Bréfritari: Sigurbjörg Einarsdóttir
Viðtakandi: Jón Borgfirðings Jónsson
Dagsetning: A-1881-06-01
Skrifað á: Akureyri  Eyf.

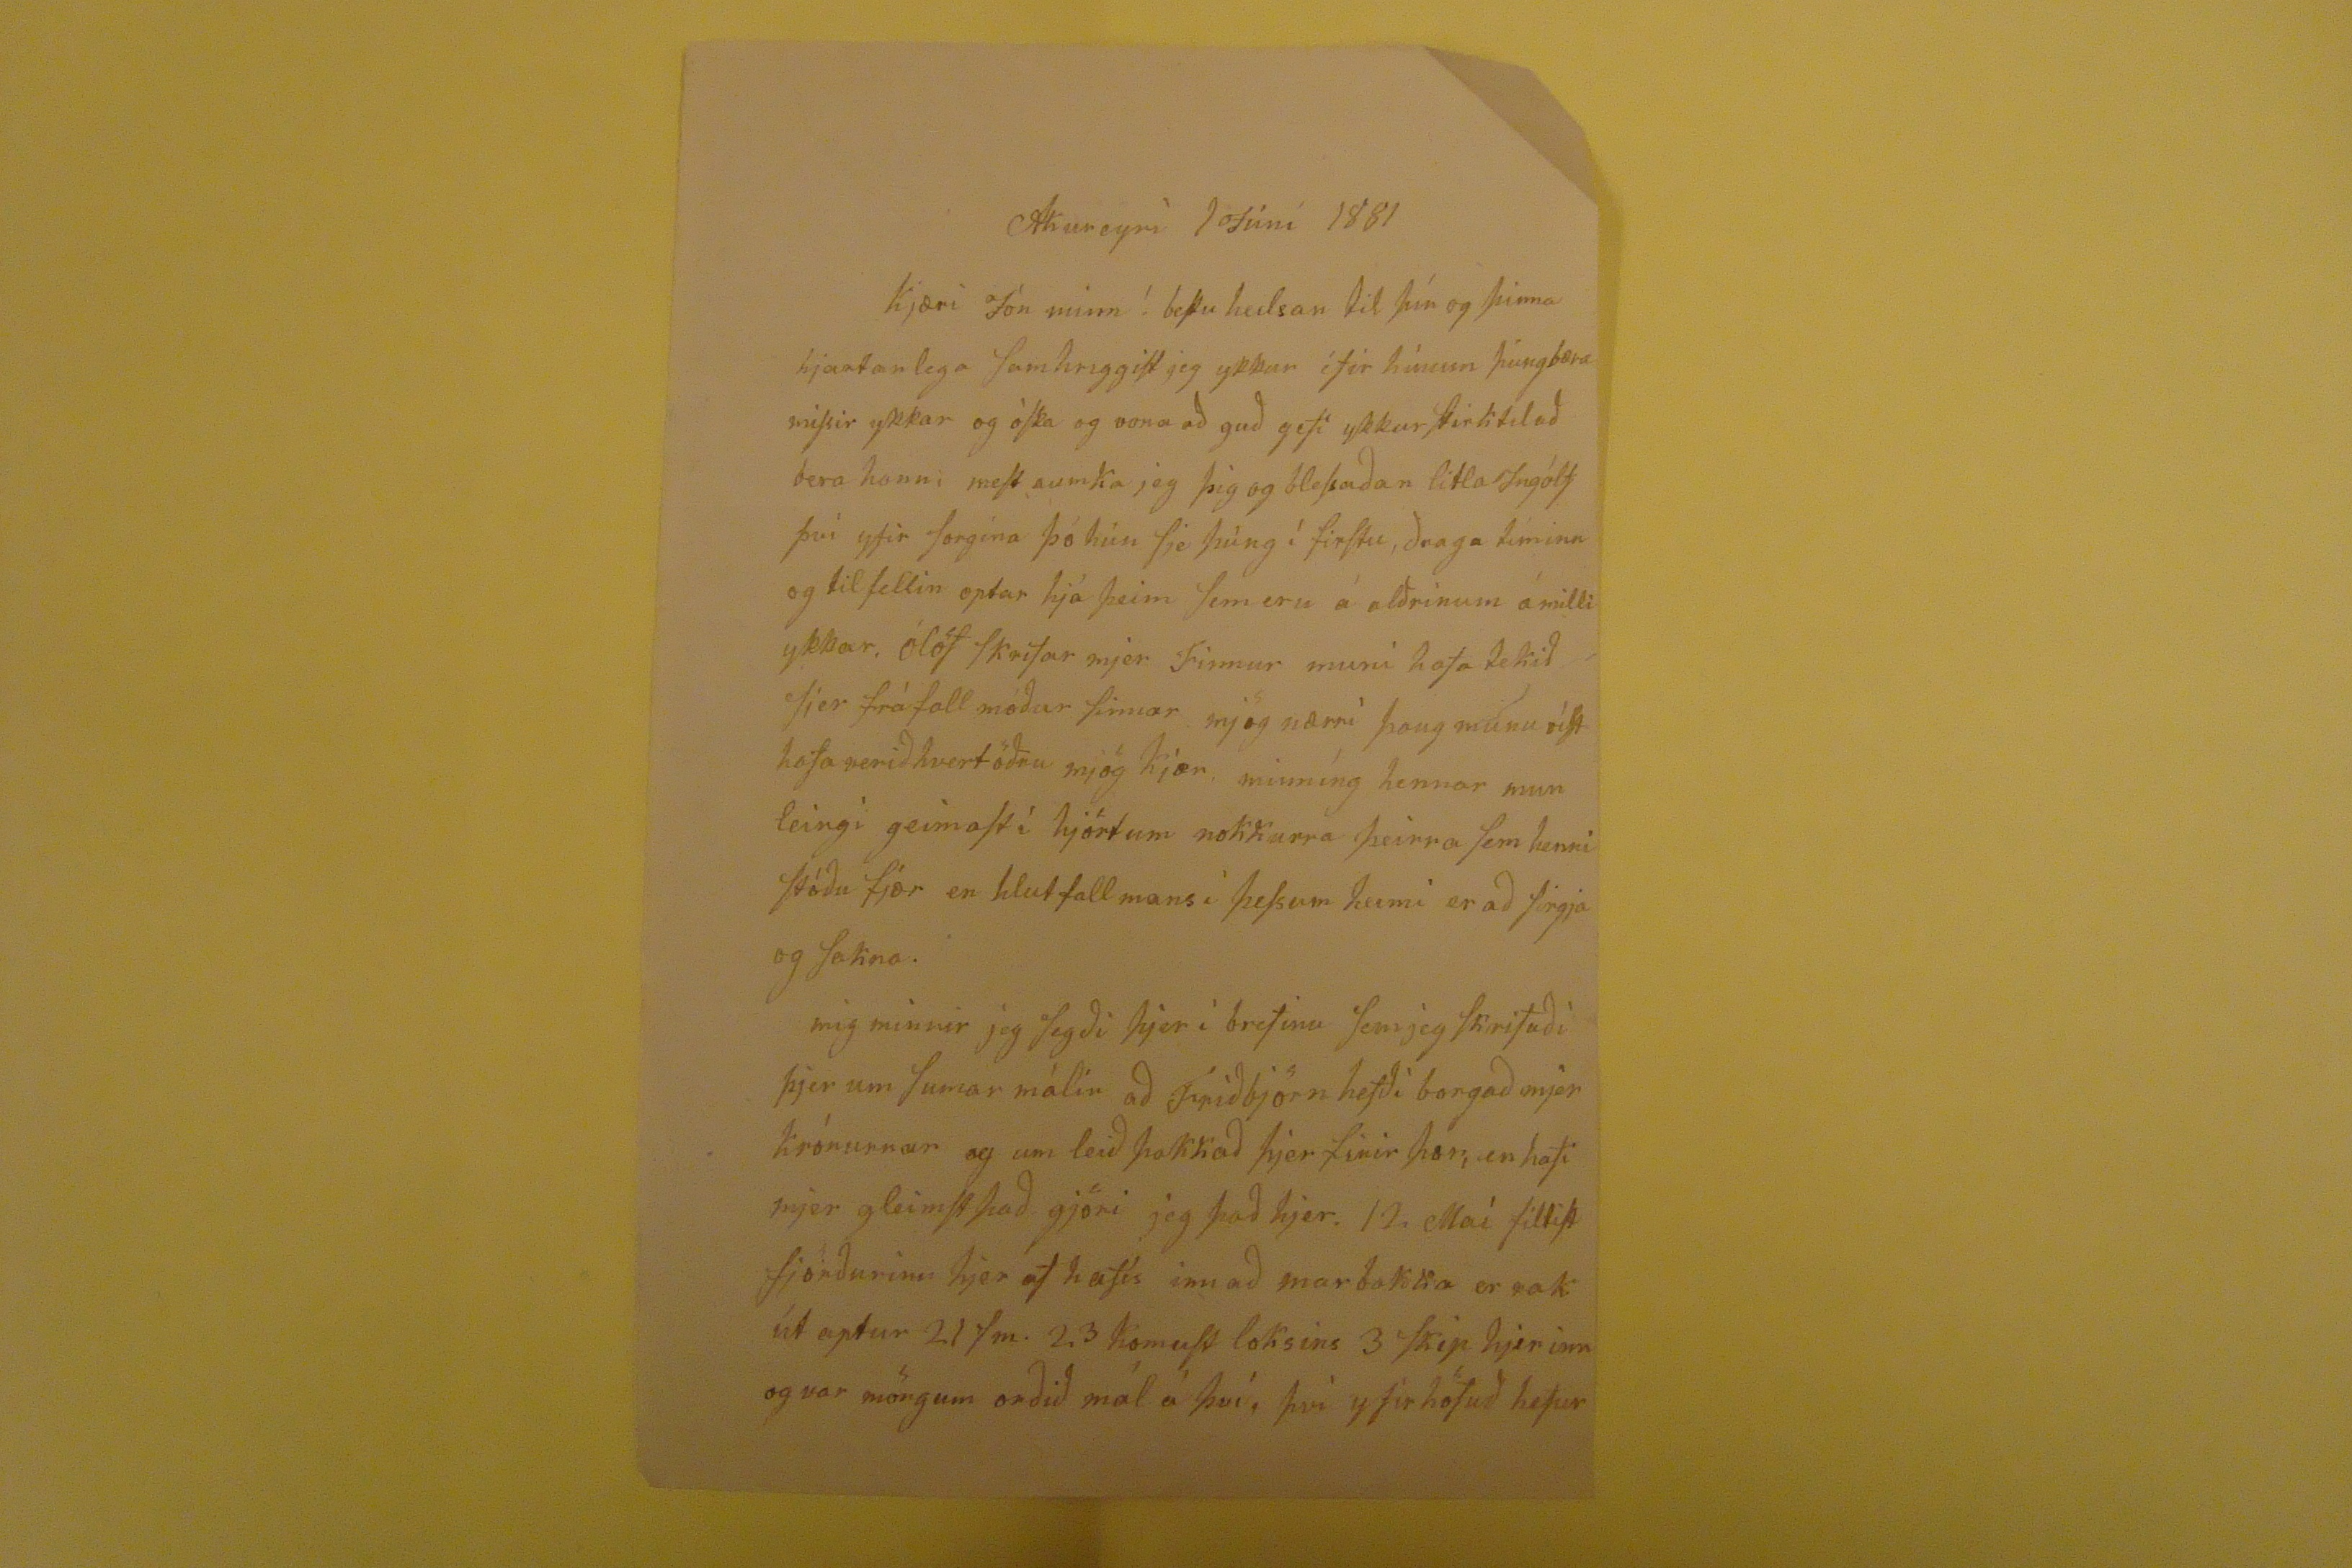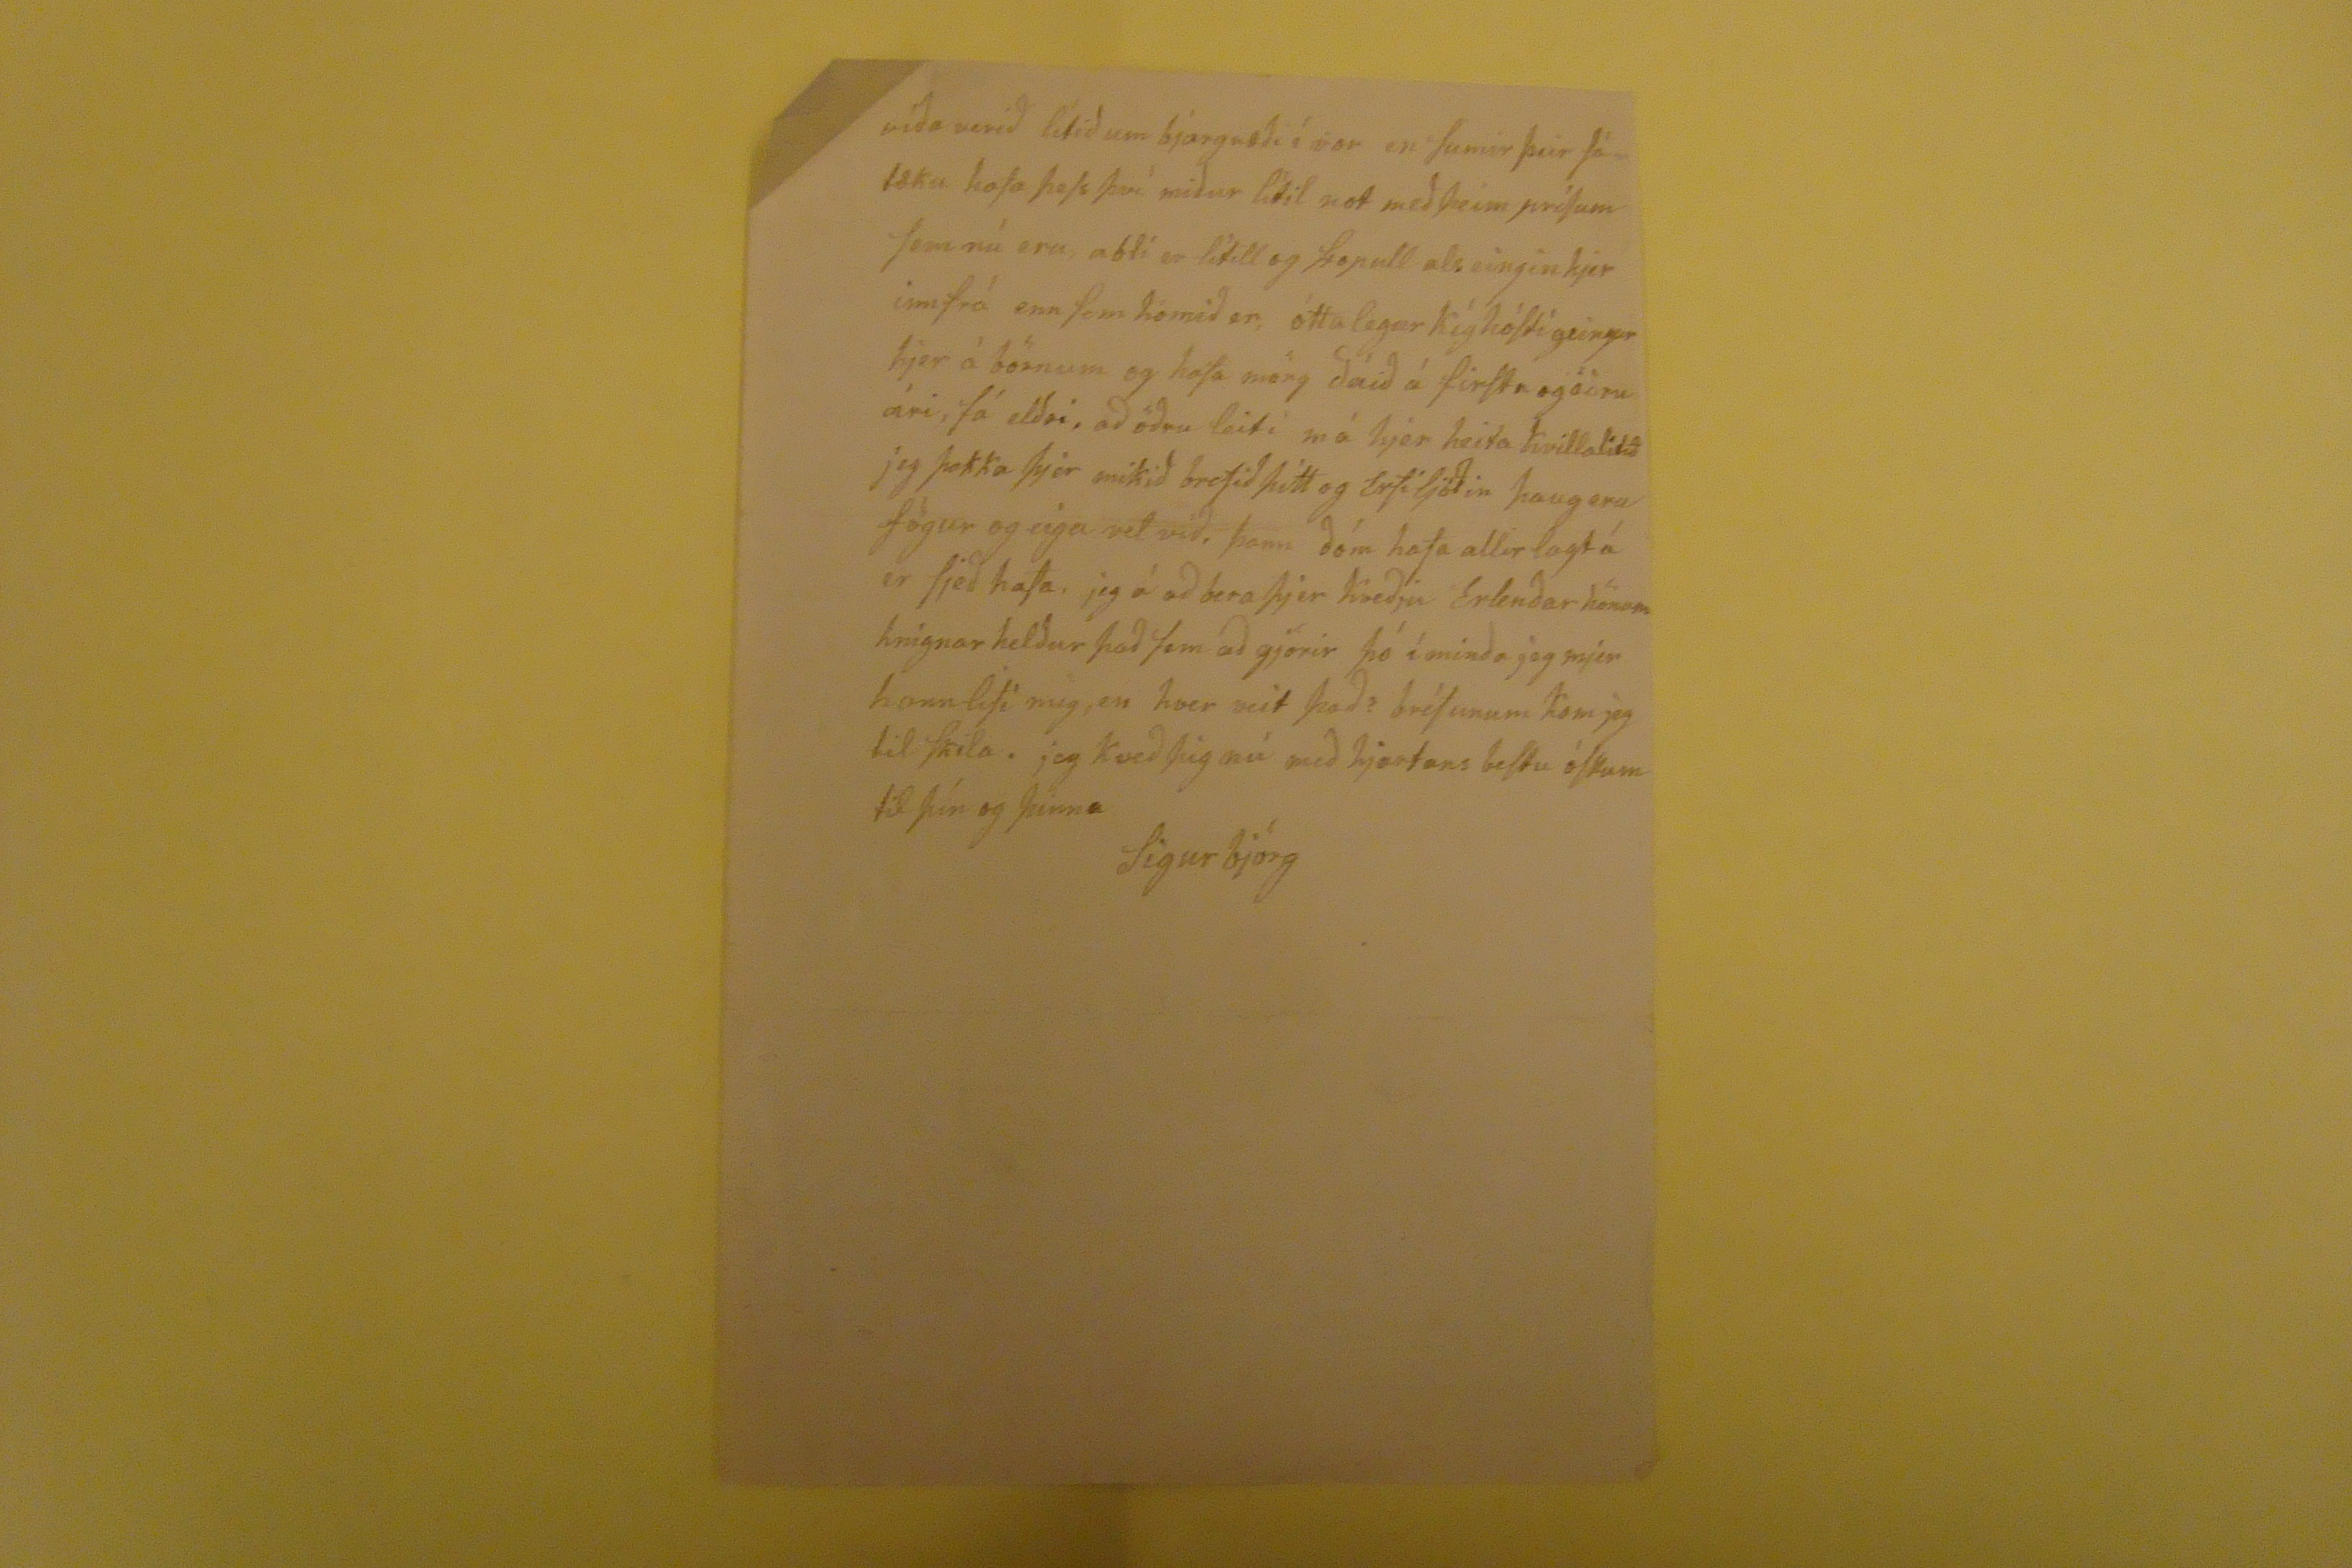

Akureyri 1 Júní 1881
Kjæri Jón minn ! bestu heilsan til þín og þinna hjartanlega samhriggist jeg ykkur ífir
hínum
þúngbæra missir ykkar og óska og vona að guð gefi ykkur stirktilað bera honni mest aumka jeg þig og blessaðan litla Ingólf því yfir sorgina þó hún sje þúng í firstu, ðraga tíminn og til fellin optar hjá þeim sem eru á alðrinum á milli ykkar, Ólöf skrifar mjer Finnur muni hafa tekið sjer fráfall móður sinnar mjög nærri þaug munu víst hafa verið hvert öðru mjög kjær, minníng hennar mun leingi geimast í hjörtum nokkurra þeirra sem henni stóðu
fjær
en hlutfall mans í þessum heimi er að sirgja og sakna. mig minnir jeg segði þjer í brefinu sem jeg skrifaði þjer um sumar málin að Friðbjörn hefði borgað mjer krónurnar og um leið þakkað þjer firir þær, en hafi mjer gleimst það gjöri jeg það hjer. 12 Maí fillist fjörðurinn hjer af hafís inn að marbakka er rak út aptur 21 sm. 23 komust loksis 3 skip hjer inn og var mörgum orðið mál á því, því yfir höfuð hefur
víða verið lítið um bjargræði í vor en sumir þeir fátæku hafa þess því miður litil not með þeim prísum sem nú eru, abli er lítill og stopull als eingin kjer innfrá enn sem komið er, óttalegur kíghósti geingur hjer á börnum og hafa mörg ðáið á firsta og öðru ári, fá elðri, að öðru leiti má hjer heita kvillalítið jeg þakka þjer mikið brefið þitt og Erfiljóðin þaug eru fögur og eiga vel við, þann ðómhafa allir lagt á er sjeð hafa, jeg á að bera þjer kveðju Erlenðar hönum hnignar helður það sem að gjörir þó íminða jeg mjer hann
lesi
mig, en hver veit það? bréfunum kom jeg til skila. jeg kveð þig nú með hjartans bestu óskum til þín og þinna
Sigurbjörg